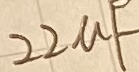
Text: 22µF